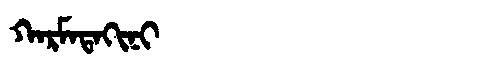
Manchu: ᡴᠠᡵᠮᠠᡨᠠᡴᡳᠨᡳ
Romanization: KARMATAKINI